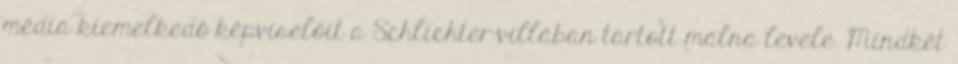
média kiemelkedő képviselőit a Schlichter-villában tartott málna levele. Mindkét